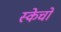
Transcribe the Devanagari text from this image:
स्केचों